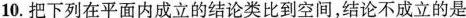
10.把下列在平面内成立的结论类比到空间，结论不成立的是